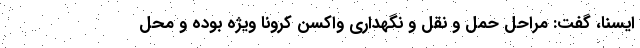
ایسنا، گفت: مراحل حمل و نقل و نگهداری واکسن کرونا ویژه بوده و محل